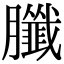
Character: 䑎